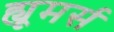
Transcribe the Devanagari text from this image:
ह्यूमर्स